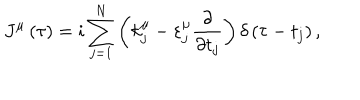
LaTeX: J ^ { \mu } \left( \tau \right) = i \sum _ { j = 1 } ^ { N } \left( k _ { j } ^ { \mu } - \varepsilon _ { j } ^ { \mu } \frac { \partial } { \partial t _ { j } } \right) \delta \left( \tau - t _ { j } \right) ,